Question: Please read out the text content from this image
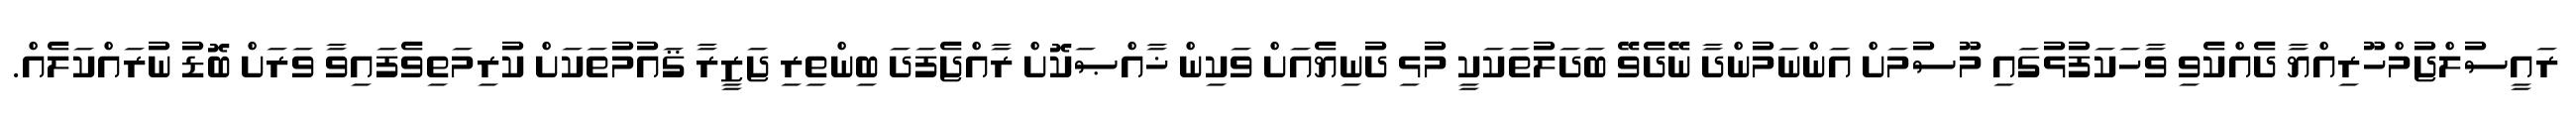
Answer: ރައީސުލްޖުމްހޫރިއްޔާ ދެއްކެވި ވާހަކަފުޅުގައި މޫސުމަށް އަންނަމުންދާ ނޭދެވޭ ބަދަލުތަކަކީ މުޅި ދުނިޔެއަށް ވަކިން ޚާއްޞަކޮށް ރާއްޖެފަދަ ބިންތިރި ޖަޒީރާ ޤައުމުތަކަށް ކުރިމަތިވެފައިވާ ވަރަށް ބޮޑު ނުރައްކަލެއް.